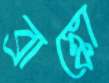
ব্রাঙ্কো